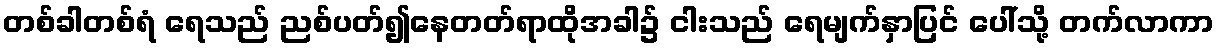
တစ်ခါတစ်ရံ ရေသည် ညစ်ပတ်၍နေတတ်ရာထိုအခါ၌ ငါးသည် ရေမျက်နှာပြင် ပေါ်သို့ တက်လာကာ